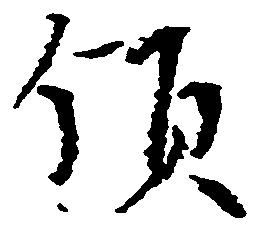
領